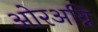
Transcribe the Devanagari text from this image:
ओरअग्नि